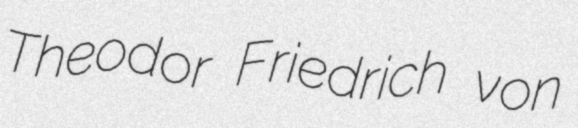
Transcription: Theodor Friedrich von